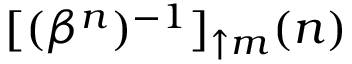
[ ( \beta ^ { n } ) ^ { - 1 } ] _ { \uparrow m } ( n )